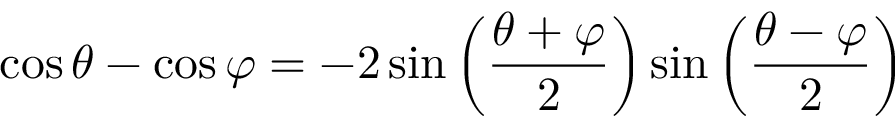
\cos \theta - \cos \varphi = - 2 \sin \left( { \frac { \theta + \varphi } { 2 } } \right) \sin \left( { \frac { \theta - \varphi } { 2 } } \right)